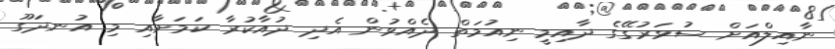
ނާއިލްއަށް ސުވަރުގޭގެ ދާއިމީ ނިއުމަތް ދެއްވުން އެދި ދުއާކުރާ ކަމަށާއި މި އުނދަގޫ